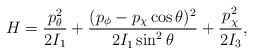
LaTeX: \begin{align*}H = {p_\theta^2 \over 2I_1} + { (p_\phi - p_\chi\cos\theta)^2 \over 2I_1\sin^2\theta}+{p^2_\chi \over 2 I_3}, \end{align*}